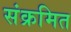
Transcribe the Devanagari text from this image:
संक्रमित